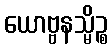
ယောဗ္ဗနသ္မိဉ္စ